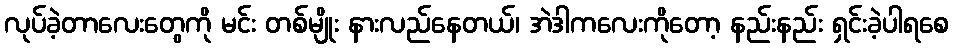
လုပ်ခဲ့တာလေးတွေကို မင်း တစ်မျိုး နားလည်နေတယ်၊ အဲဒါကလေးကိုတော့ နည်းနည်း ရှင်းခဲ့ပါရစေ